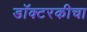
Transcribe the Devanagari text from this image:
डॉक्टरकीचा